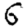
Digit: 6